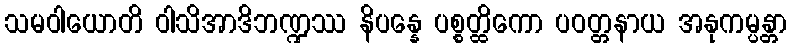
သမဝါယောတိ ဝါသိအာဒိဘဏ္ဍဿ နိပန္နေ ပစ္စတ္ထိကော ပဝတ္တနာယ အနုကမ္ပန္တာ